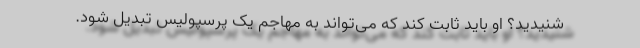
شنیدید؟ او باید ثابت کند که می‌تواند به مهاجم یک پرسپولیس تبدیل شود.